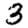
Digit: 3